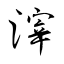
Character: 滓